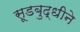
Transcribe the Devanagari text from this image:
सूडबुद्धीने